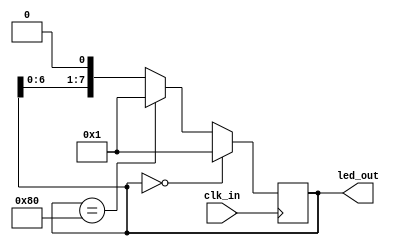

module loop0(
  clk_in,
  led_out
);

  input           clk_in; 
  output [7:0]    led_out;
  reg    [7:0]    led_out;

  always @ (posedge clk_in) begin
    if (led_out == 0)
      led_out <= 1;
    else
      begin
        if (led_out == 128)
          led_out <= 1;
        else
          led_out <= led_out << 1;
      end
  end

endmodule